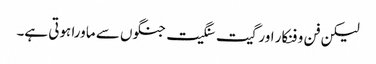
لیکن فن و فنکار اور گیت سنگیت جنگوں سے ماورا ہوتی ہے۔